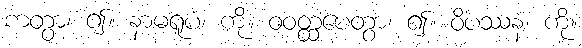
ကတွာ၊ ၍။ နာမရူပံ၊ ကို။ ဝဝတ္ထပေတွာ၊ ၍။ ဝိပဿနံ၊ ကို။